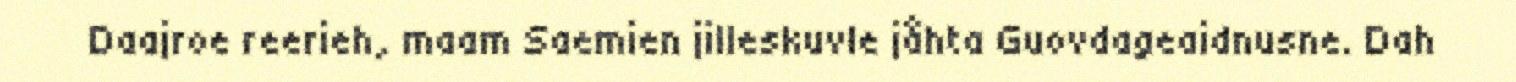
Daajroe reerieh, maam Saemien jilleskuvle jåhta Guovdageaidnusne. Dah